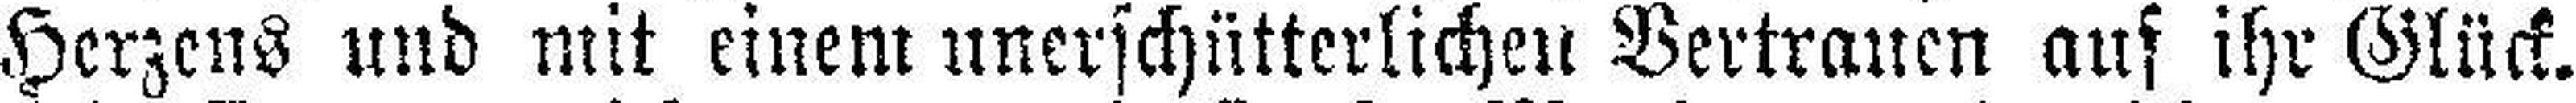
Herzens und mit einem unerschütterlichen Vertrauen auf ihr Glück.